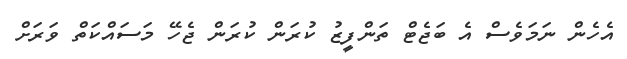
އެހެން ނަމަވެސް އެ ބަޖެޓް ތަންފީޒު ކުރަން ކުރަން ޖެހޭ މަސައްކަތް ވަރަށް